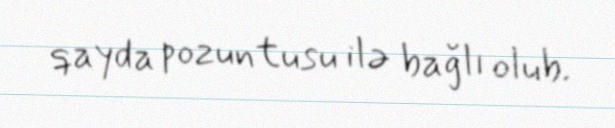
qayda pozuntusu ilə bağlı olub.